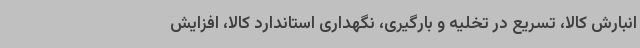
انبارش کالا، تسریع در تخلیه و بارگیری، نگهداری استاندارد کالا، افزایش